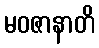
မဝဇာနာတိ